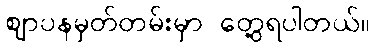
ဈာပနမှတ်တမ်းမှာ တွေ့ရပါတယ်။